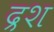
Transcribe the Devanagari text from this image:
द्रश